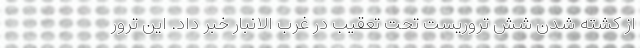
از کشته شدن شش تروریست تحت تعقیب در غرب الانبار خبر داد. این ترور